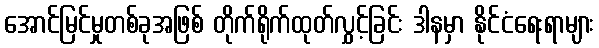
အောင်မြင်မှုတစ်ခုအဖြစ် တိုက်ရိုက်ထုတ်လွှင့်ခြင်း ဒါနမှာ နိုင်ငံရေးရာများ